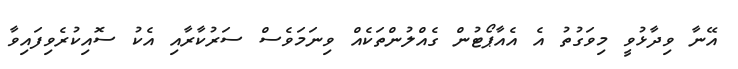
އޭނާ ވިދާޅުވީ މިވަގުތު އެ އެއާޕޯޓުން ގެއްލުންތަކެއް ވިނަމަވެސް ސަރުކާރާއި އެކު ސޮއިކުރެވިފައިވާ